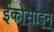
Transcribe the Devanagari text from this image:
ईकोसाइन